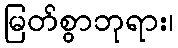
မြတ်စွာဘုရား၊